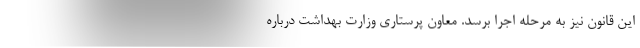
این قانون نیز به مرحله اجرا برسد. معاون پرستاری وزارت بهداشت درباره